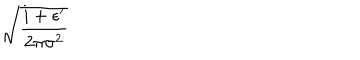
LaTeX: \sqrt { \frac { i + \epsilon ^ { \prime } } { 2 \pi \sigma ^ { 2 } } }